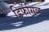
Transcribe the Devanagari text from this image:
डिफेंसिव्ह